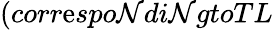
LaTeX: (corr\mathrm{e}spo\mathcal{N}di\mathcal{N}gtoTL